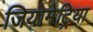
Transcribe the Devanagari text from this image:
जियोमेट्रिया